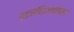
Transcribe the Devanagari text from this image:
राजशिलालेख